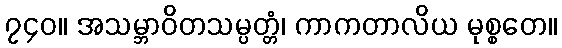
၇၄၀။ အသမ္ဘာဝိတသမ္ပတ္တံ၊ ကာကတာလိယ မုစ္စတေ။